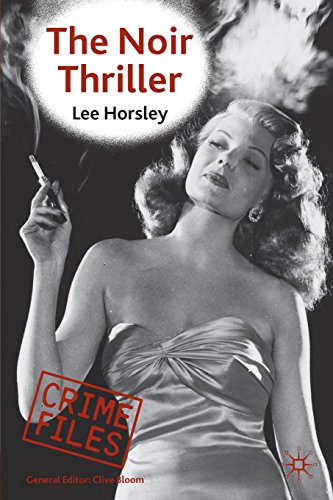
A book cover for The Noir Thriller (Crime Files); Lee Horsley; Mystery, Thriller & Suspense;